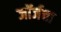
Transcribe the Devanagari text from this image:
जॉर्जचा